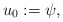
\begin{align*}u_{0}:= \psi,\end{align*}